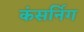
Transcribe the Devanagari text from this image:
कंसर्निग